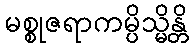
မစ္စုဇရာကမ္ပိသ္မိန္တိ